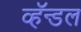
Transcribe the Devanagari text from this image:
व्हॅन्डल